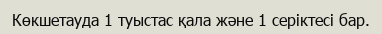
Көкшетауда 1 туыстас қала және 1 серіктесі бар.